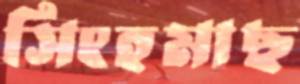
সিংহমাছ